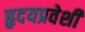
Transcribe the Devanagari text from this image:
हृदयप्रवेशी